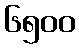
၆၅၀၀